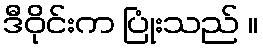
ဒီဝိုင်းက ပြုံးသည် ။